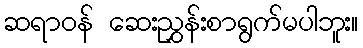
ဆရာဝန် ဆေးညွှန်းစာရွက်မပါဘူး။